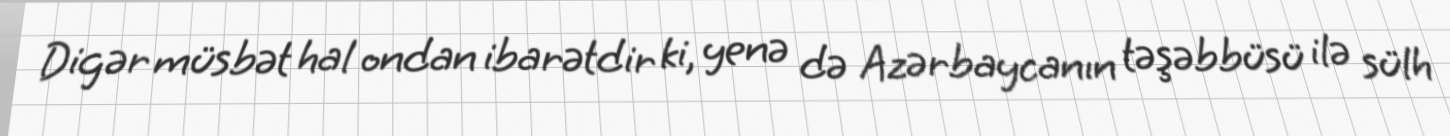
Digər müsbət hal ondan ibarətdir ki, yenə də Azərbaycanın təşəbbüsü ilə sülh